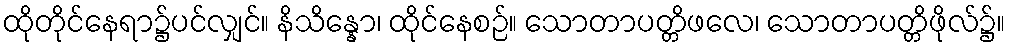
ထိုတိုင်နေရာ၌ပင်လျှင်။ နိသိန္နော၊ ထိုင်နေစဉ်။ သောတာပတ္တိဖလေ၊ သောတာပတ္တိဖိုလ်၌။